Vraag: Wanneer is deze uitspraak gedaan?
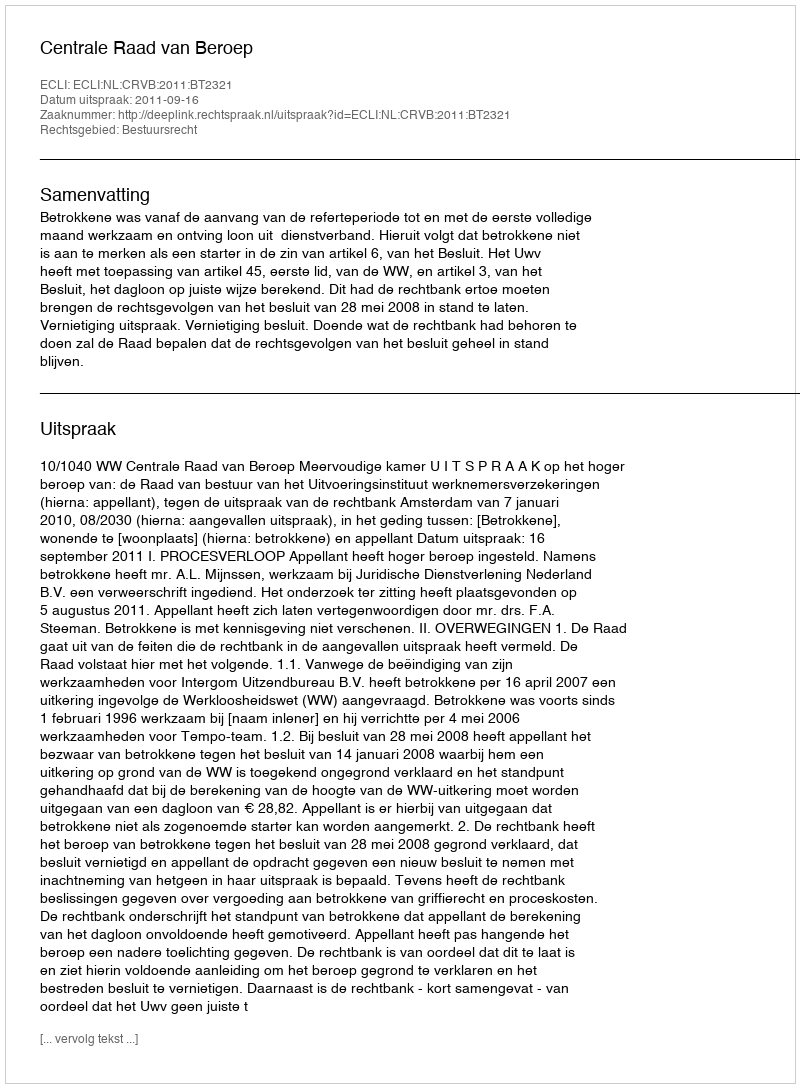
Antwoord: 2011-09-16